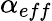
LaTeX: \alpha_{eff}